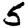
Digit: 5